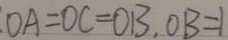
: O A = O C = O B , O B = 1